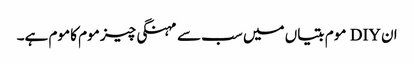
ان DIY موم بتیاں میں سب سے مہنگی چیز موم کا موم ہے۔